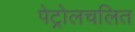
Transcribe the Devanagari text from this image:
पेट्रोलचलित